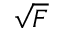
\sqrt { F }